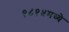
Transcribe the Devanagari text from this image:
१८१५मध्ये